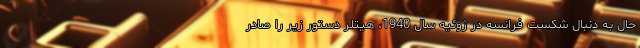
حال به دنبال شکست فرانسه در ژوئیه سال 1940، هیتلر دستور زیر را صادر